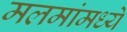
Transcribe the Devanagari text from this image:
मलमांमध्ये